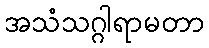
အသံသဂ္ဂါရာမတာ